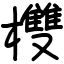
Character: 欆